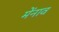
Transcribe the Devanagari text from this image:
मेंनाव